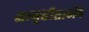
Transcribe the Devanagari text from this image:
जागृतीसाठीच